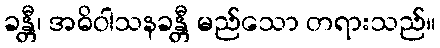
ခန္တီ၊ အဓိဝါသနခန္တီ မည်သော တရားသည်။